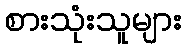
စားသုံးသူများ